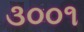
૩૦૦૧